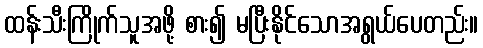
ထန်းသီးကြိုက်သူအဖို့ စား၍ မပြီးနိုင်သောအရွယ်ပေတည်း။